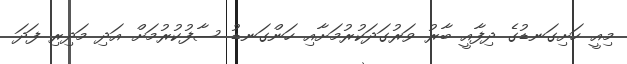
މިއީ ހަށިގަނޑުގެ ދިފާއީ ބާރު ވަރުގަދަކުރުމަށާއި ހަންގަނޑު ސާފުކުރުމަށް އަދި މަދިރި ފަދަ